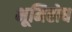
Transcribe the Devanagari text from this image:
भूमिरोध